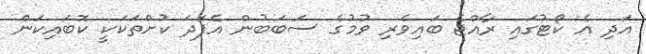
އަދި އެ ކޯޓުގައި ރާއްޖެ ބައިވެރި ވުމުގެ ސަބަބުން އެފަދަ ކުށްތަކަކީ ކޮބައިކަން